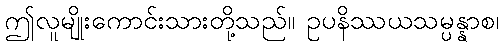
ဤလူမျိုးကောင်းသားတို့သည်။ ဥပနိဿယသမ္ပန္နာစ၊